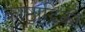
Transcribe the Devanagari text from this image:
काष्ठादिकों